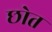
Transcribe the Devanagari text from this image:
छोत